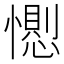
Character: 𢢥